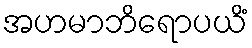
အဟမာဘိရောပယိံ